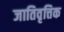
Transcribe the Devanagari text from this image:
जातिवृत्तिक